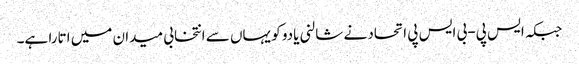
جبکہ ایس پی-بی ایس پی اتحاد نے شالنی یادو کو یہاں سے انتخابی میدان میں اتارا ہے۔